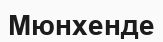
Мюнхенде